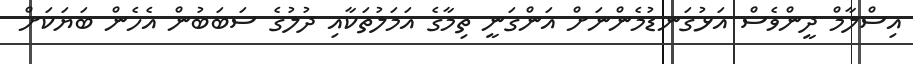
އިސްލާމް ދީންވެސް އަޅުގަނޑުމެންނަށް އަންގަނީ ތިމާގެ އަމަލުތަކާއި ދުލުގެ ސަބަބުން އެހެން ބަޔަކަށް